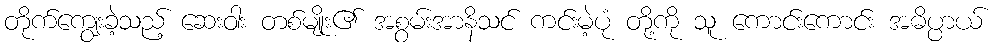
တိုက်ကျွေးခဲ့သည့် ဆေးဝါး တစ်မျိုး၏ အစွမ်းအာနိသင် ကင်းမဲ့ပုံ တို့ကို သူ ကောင်းကောင်း အဓိပ္ပာယ်